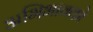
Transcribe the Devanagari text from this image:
अभिभावको